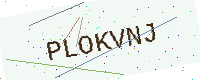
Text: PLOKVNJ